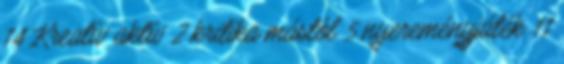
14 Kreatív aktív 2 kritika mástól 5 nyereményjáték 11